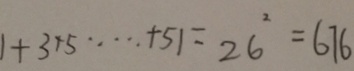
1 + 3 + 5 \cdots + 5 1 = 2 6 ^ { 2 } = 6 7 6